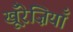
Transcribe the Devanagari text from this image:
खू़ँरेज़ियाँ